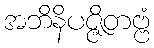
အဘိနိပဇ္ဇိတဗ္ဗံ